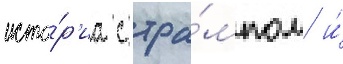
исто́р'иа с тра́мпом и́